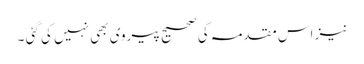
نیز اس مقدمہ کی صحیح پیروی بھی نہیں کی گئی ۔